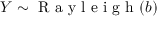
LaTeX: Y \sim { \textrm { R a y l e i g h } } ( b )